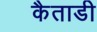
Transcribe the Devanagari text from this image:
कैताडी